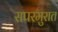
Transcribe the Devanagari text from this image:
सपरमुरात